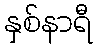
နှစ်နာရီ